Madras plague regulations and rules - Volume 2
Disease focus: Plague
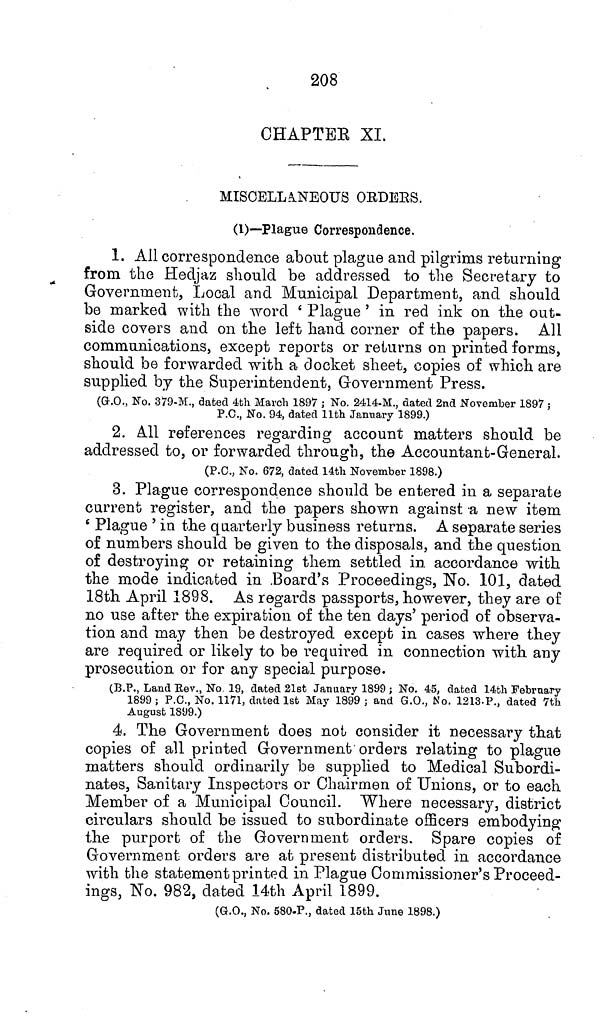
208
CHAPTER XI.
MISCELLANEOUS ORDERS.
(1)—Plague Correspondence.
1. All correspondence about plague and pilgrims returning
from the Hedjaz should be addressed to the Secretary to
Government, Local and Municipal Department, and should
be marked with the word ' Plague ' in red ink on the out-
side covers and on the left hand corner of the papers. All
communications, except reports or returns on printed forms,
should be forwarded with a docket sheet, copies of which are
supplied by the Superintendent, Government Press.
(G.O., No. 379-M., dated 4th March 1897 ; No. 2414-M., dated 2nd November 1897 ;
P.C., No. 94, dated 11th January 1899.)
2. All references regarding account matters should be
addressed to, or forwarded through, the Accountant-General.
(P.C., No. 672, dated 14th November 1898.)
3. Plague correspondence should be entered in a separate
current register, and the papers shown against a new item
' Plague ' in the quarterly business returns. A separate series
of numbers should be given to the disposals, and the question
of destroying or retaining them settled in accordance with
the mode indicated in Board's Proceedings, No. 101, dated
18th April 1898. As regards passports, however, they are of
no use after the expiration of the ten days' period of observa-
tion and may then be destroyed except in cases where they
are required or likely to be required in connection with any
prosecution or for any special purpose.
(B.P., Land Rev., No 19, dated 21st January 1899 ; No. 45, dated 14th February
1899; P.C., No. 1171, dated 1st May 1899; and G.O., No. 1213-P., dated 7th
August 1S99.)
4. The Government does not consider it necessary that
copies of all printed Government orders relating to plague
matters should ordinarily be supplied to Medical Subordi-
nates, Sanitary Inspectors or Chairmen of Unions, or to each
Member of a Municipal Council. Where necessary, district
circulars should be issued to subordinate officers embodying
the purport of the Government orders. Spare copies of
Government orders are at present distributed in accordance
with the statement printed in Plague Commissioner's Proceed-
ings, No. 982, dated 14th April 1899.
(G.O., No. 580-P., dated 15th June 1898.)